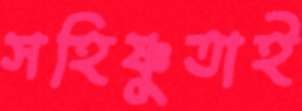
সহিষ্ণুতাই